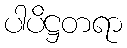
ပါပိဋ္ဌတရာ